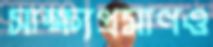
সাক্ষ্যপ্রমাণও